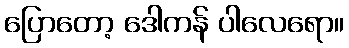
ပြောတော့ ဒေါကန် ပါလေရော။